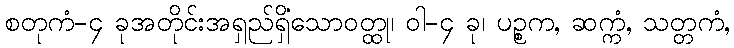
စတုကံ-၄ ခုအတိုင်းအရှည်ရှိသောဝတ္ထု၊ ဝါ-၄ ခု၊ ပဉ္စကံ, ဆက္ကံ, သတ္တကံ,